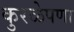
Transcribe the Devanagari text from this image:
कुरळेपणा